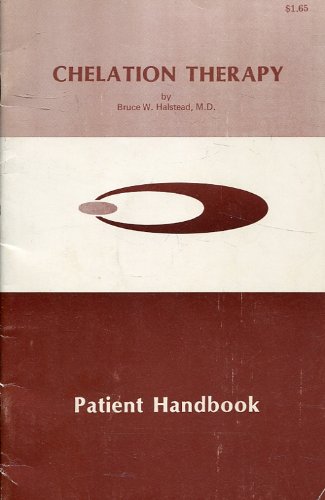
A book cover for Chelation Therapy: Patient Handbook; Bruce W. Halsted; Health, Fitness & Dieting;